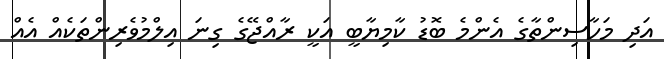
އަދި މަހާސިންތާގެ އެންމެ ބޮޑު ކާމިޔާބީ އަކީ ރާއްޖޭގެ ގިނަ އިލްމުވެރިންތަކެއް އެއް